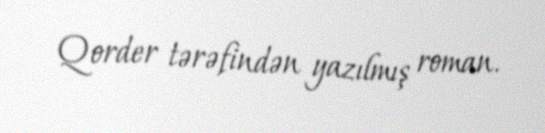
Qorder tərəfindən yazılmış roman.